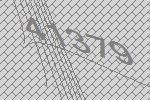
41379